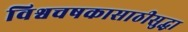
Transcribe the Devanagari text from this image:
विश्वचषकासाठीसुद्धा